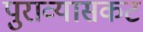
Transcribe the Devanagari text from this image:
पुराव्यासकट